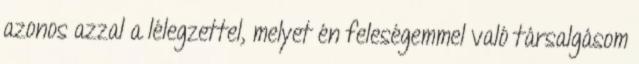
azonos azzal a lélegzettel, melyet én feleségemmel való társalgásom